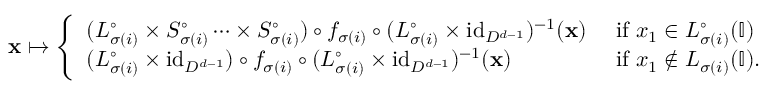
\mathbf { x } \mapsto \left\{ \begin{array} { l l } { ( L _ { \sigma ( i ) } ^ { \circ } \times S _ { \sigma ( i ) } ^ { \circ } \dots \times S _ { \sigma ( i ) } ^ { \circ } ) \circ f _ { \sigma ( i ) } \circ ( L _ { \sigma ( i ) } ^ { \circ } \times \mathrm { i d } _ { D ^ { d - 1 } } ) ^ { - 1 } ( \mathbf { x } ) } & { \mathrm { ~ i f ~ } x _ { 1 } \in L _ { \sigma ( i ) } ^ { \circ } ( \mathbb { I } ) } \\ { ( L _ { \sigma ( i ) } ^ { \circ } \times \mathrm { i d } _ { D ^ { d - 1 } } ) \circ f _ { \sigma ( i ) } \circ ( L _ { \sigma ( i ) } ^ { \circ } \times \mathrm { i d } _ { D ^ { d - 1 } } ) ^ { - 1 } ( \mathbf { x } ) } & { \mathrm { ~ i f ~ } x _ { 1 } \notin L _ { \sigma ( i ) } ( \mathbb { I } ) . } \end{array} \right.